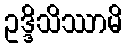
ဥဒ္ဒိသိဿာမိ